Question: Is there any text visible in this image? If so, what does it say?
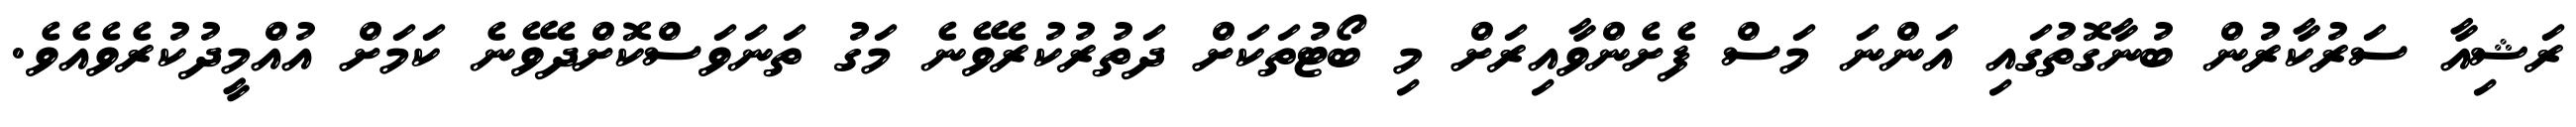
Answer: ރަޝިއާ ސަރުކާރުން ބުނާގޮތުގައި އަންނަ މަސް ފެށެންވާއިރަށް މި ބޯޓުތަކަށް ދަތުރުކުރެވޭނެ މަގު ތަނަވަސްކޮށްދެވޭނެ ކަމަށް އުއްމީދުކުރެވެއެވެ.